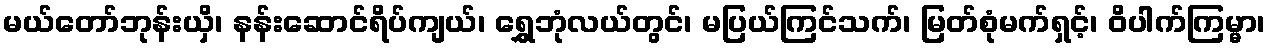
မယ်တော်ဘုန်းယှိ၊ နန်းဆောင်ရိပ်ကျယ်၊ ရွှေဘုံလယ်တွင်၊ မပြယ်ကြင်သက်၊ မြတ်စုံမက်ရှင့်၊ ဝိပါက်ကြမ္မာ၊